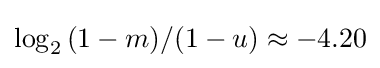
\log _{2}{(1-m)/(1-u)}\approx -4.20